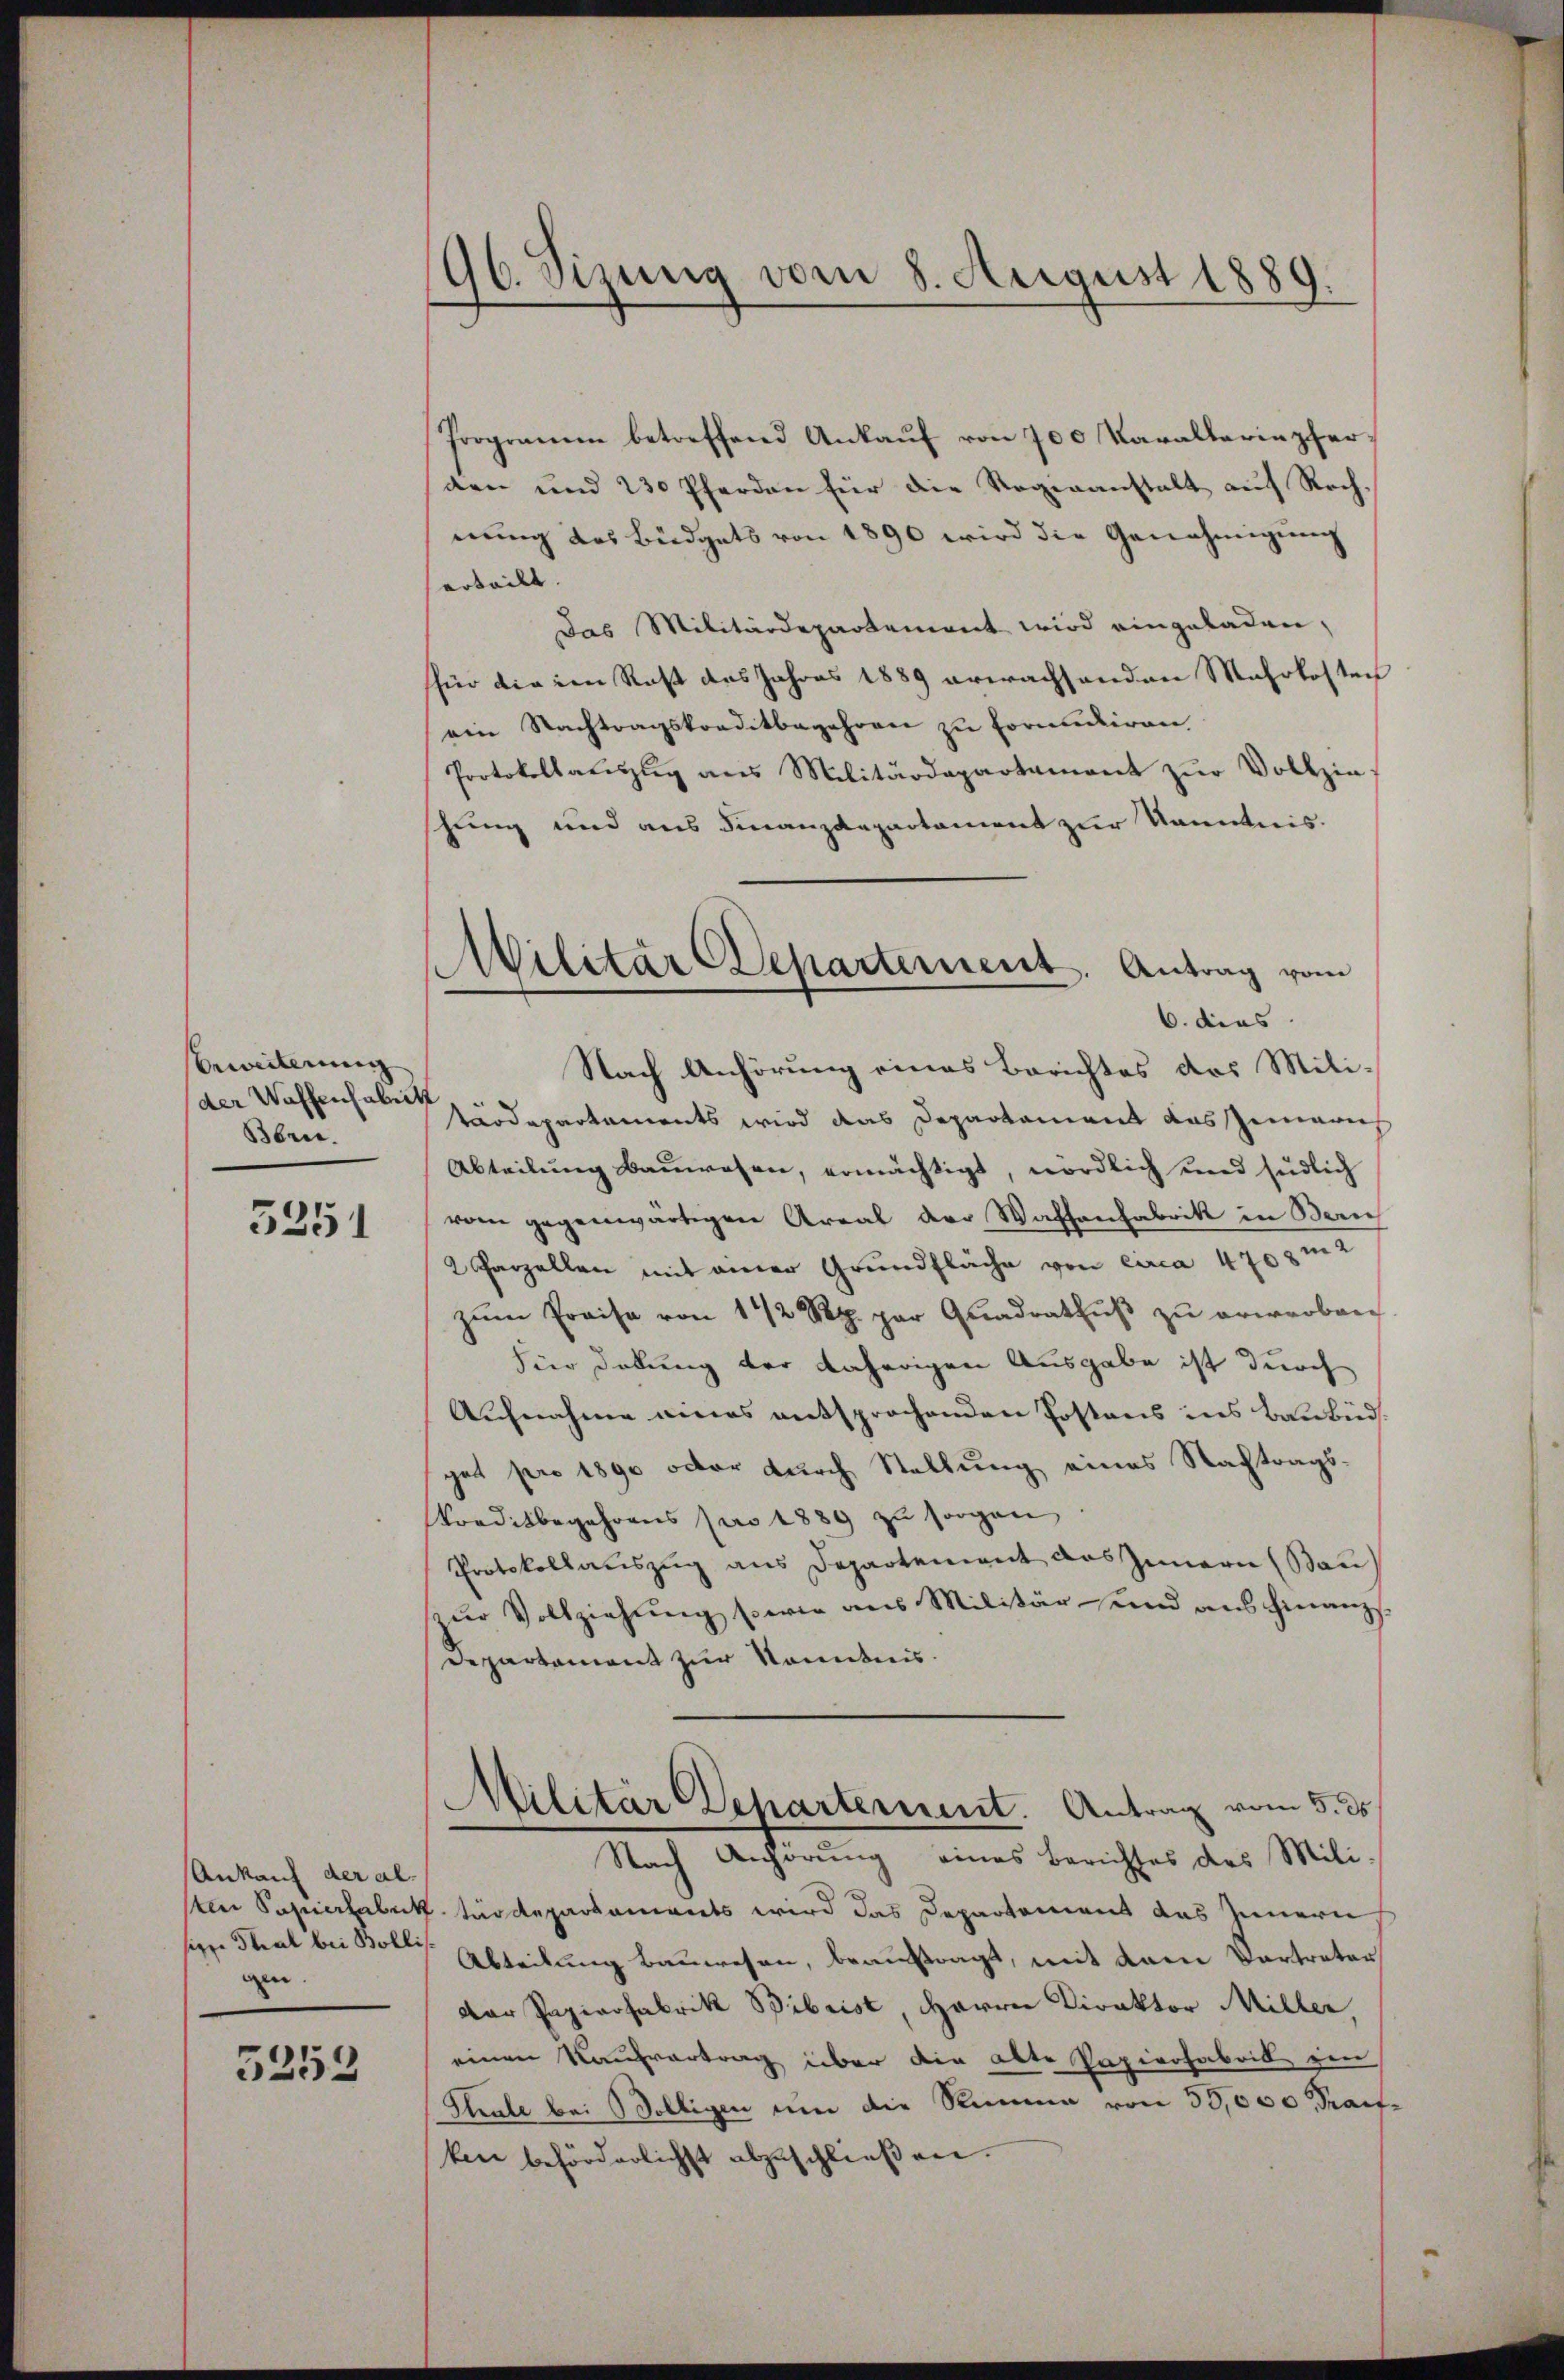
Beweiterung
der Waffenchaleist
Bbre.

5251

Ankauf der alsiger Thal bei Bollis.
gen.

5252

96. Sizung vom 8. August 1889.

Programm betreffend Ankauf von 700 Kavalleriepferden und 230 Pferden für die Regieanstalt auf Rechnung des Büdgets von 1890 wird die Genehmigung
erteilt.
Das Militärdepartement wird eingeladen,
für die im Rest des Jahres 1889 erwachsenden Mehrkosten
ein Nachtragskreditbegehren zu Formuliren,
Protokollauszug aus Militärdepartament zur Vollzie-
schung und aus Finanzdepartement zur Kenntnis.
Nach Anhörung eines Berichtes des Militärdepartements wird das Departament das Zimaris
Abteilung bauwesen, ermächtigt, nördlich und südlich
vom gegenwärtigen Areal der Waffenfabrik in Bern
2 Parzellen mit einer Grundfläche von circa 4708m2
zŭm Preise von 1 1/2 Rp. per Quadrathŭβ zŭ erwerben
fier Debung der daherigen Ausgabe ist durch
Aufnahme eines entsprochenden Postens ins Baubud.
get pro 1890 octor durch Stellung eines Nachtrags¬
Konditbegehrens pro 1889 zu sorgen
Protokollauszug aus Departement das Innern (Bau
zur Vollziehung sowie aus Militär- und aus Finanz¬
Departement zur Kenntnis.
Militar Departement. Antrag vom 5. ds
Nach Anhörung eines Berichtes des Mili-
sten Papiertabaktärdepartaments wird das Departement das Innern,
Abteilung bauwesen, beauftragt, mit dem Vertreter
der Papierfabrik Bibrist, Herrn Direktor Miller,
einen Kaufvertrag über die alte Papierfabrik ein
(Strale bei Bölligen um die Stimme von 50,000 Fraifken beförderlichst abzuschließen.

Militar Departement. Antrag vom
6. dies